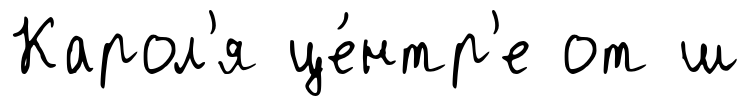
Карол'я це́нтр'е от ш